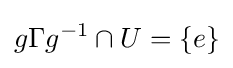
g\Gamma g^{-1}\cap U=\{e\}